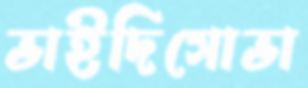
ভাইদিসোভা